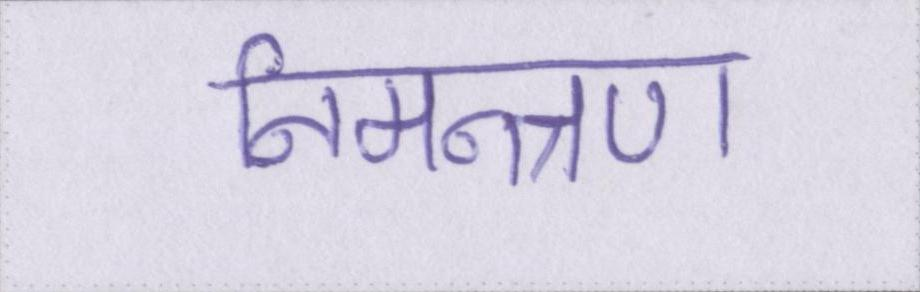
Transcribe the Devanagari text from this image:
निमन्त्रण